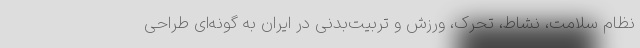
نظام سلامت، نشاط، تحرک، ورزش و تربیت‌بدنی در ایران به گونه‌ای طراحی